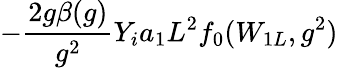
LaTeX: -\frac{2g\beta(g)}{g^{2}}Y_{i}a_{1}L^{2}f_{0}(W_{1L},g^{2})